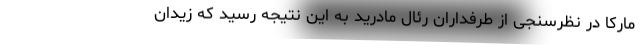
مارکا در نظرسنجی از طرفداران رئال مادرید به این نتیجه رسید که زیدان